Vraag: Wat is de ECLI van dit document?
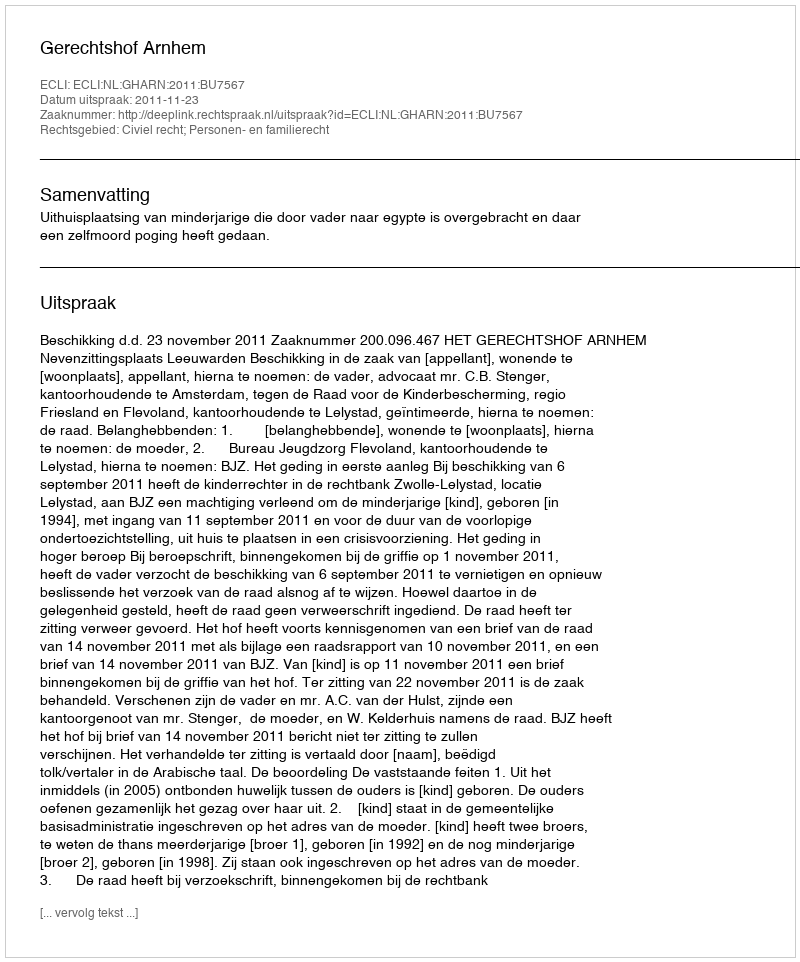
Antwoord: ECLI:NL:GHARN:2011:BU7567